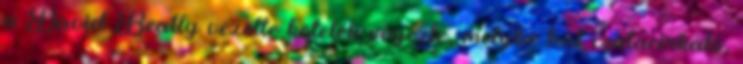
a David Beatty vezette kötelék végezte, melybe hat csatacirkáló,